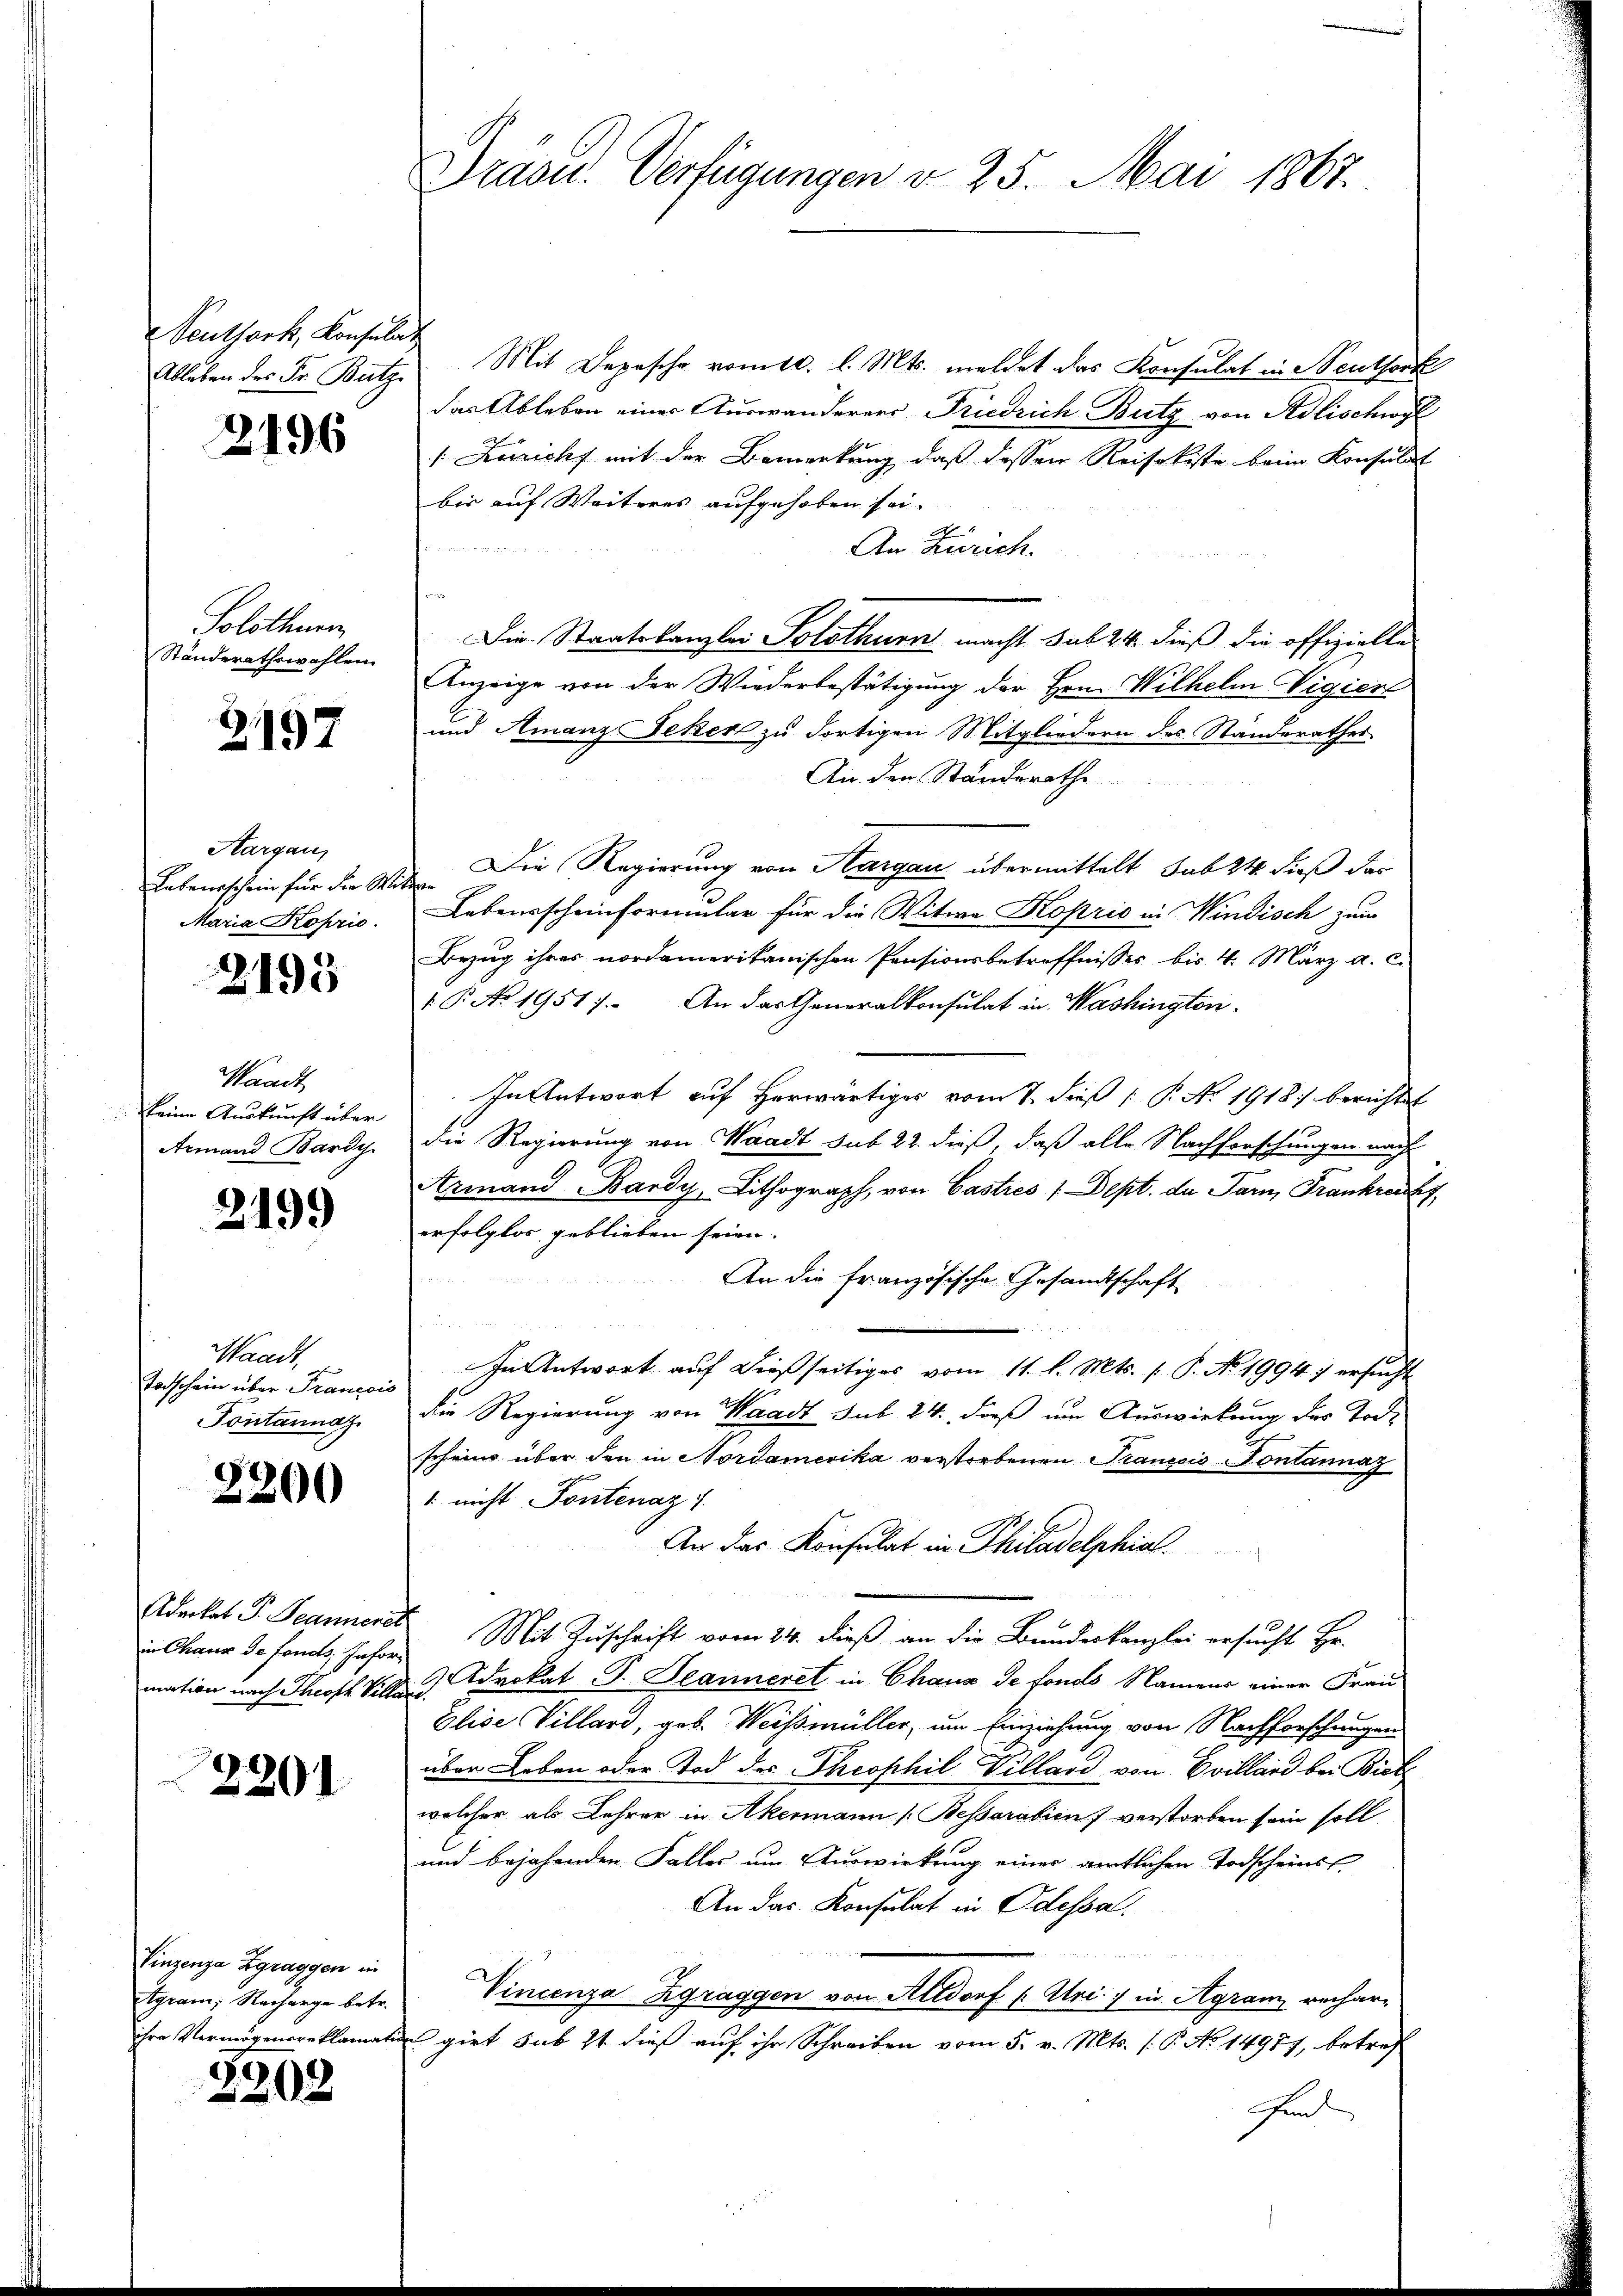
Peutsark, Konsulat

2196

Solothurn
Ständerathswahlen.

2197

Hargau,
Lebensschein für die Wittwen
Maria Kopzić.

2195

Waadt
keine Auskunft über
Armand Bardy

2199

Waadt,
Totschein über Francois
Tontannaz

3200

in Chaux de fonds. Infor¬

2201

Vinzenza Zgraggen in
Agram; Nacharge betr.

2208

Drasu. Verfügungen v. 25. Mai 1867.

Ableben des Fr. Butz. Mit Depesche vom 10. l. Mts. meldet das Konsulat in Seuthork
das Ableben einer Auswanderers Friedrich Butz von Adlischwyl
Kuzicht mit der Bemerkung, daß dessen Reisekiste beim Konsulat
bis auf Weiteres aufgehoben sei. |

An Zürich.
Die Staatskanzlei Solothurn macht sub 24 dieß die offizielle
Anzeige von der Wiederbestätigung der Hrn. Wilhelm Vigier
und Amanz-Seker zu dortigen Mitgliedern des Ständerathes
An den Standsrathe
Die Regierung von Aargau übermittelt sub 24. dieß das
Lebensscheinformular für die Witwe Koprio in Windisch zum
Bezug ihres nordamerikanischen Pensionsbetreffnisses bis 4. März a. c.
 P. Nr. 19517. An das Generalkonsulat in Washington
In Antwort auf herwärtiges vom 7. dieß P. No. 1918) berichtet
die Regierung von Waadt sub 22. dieß, daß alle Nachforschungen nach
n
Armand Bardy, Lithograph, von Castres /:Dept. da Parn, Frankrecht
erfolglos geblieben seien.
An die Französische Gesandtschaft
In Antwort auf dießseitiges vom 11. l. Mts. (: P. No. 19947 ersucht
die Regierung von Waadt sub. 24. daß um Auswirkung des Tode
scheins über den in Nordamerika verstorbenen Trancois Pontannaz
1 nicht Pontenaz 1.
An das Konsulat in Philadelphial.
Adecket P. Jeannere Mit Zuschrift vom 24. dieß an die Bundeskanzlei ersucht Hr.
mation nach Throff Ville 3 Advokat P. Jeanneret in Chaus de fonds Namens einer Frau¬
Elise Villard, geb. Weissmüller, um Einziehung von Nachforschaugen
über Leben oder Tod des Theophil Villard von Ovillard bei Bick
welcher als Lehrer in Akermann [Beßarabiens verstorben sein soll
und bejahenden Falles um Auswirkung eines amtlichen Todscheinst
An das Konsulat in Odessa.
Vincenza-Zgraggen von Altdorf u. Uri in Agram rechar-
ihre Vermögensreklamations girt sub 21 dieß auf ihr Schreiben vom 5. v. Mts. (T. No 14977, betref
en